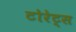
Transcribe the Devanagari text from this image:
टोरेट्स